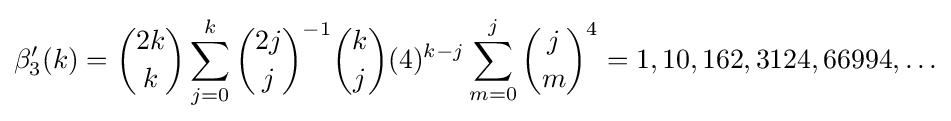
\beta _{3}'(k)={\binom {2k}{k}}\sum _{j=0}^{k}{\binom {2j}{j}}^{-1}{\binom {k}{j}}(4)^{k-j}\sum _{m=0}^{j}{\binom {j}{m}}^{4}=1,10,162,3124,66994,\ldots